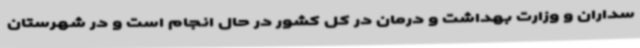
سداران و وزارت بهداشت و درمان در کل کشور در حال انجام است و در شهرستان